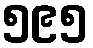
၅၉၅